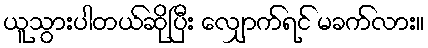
ယူသွားပါတယ်ဆိုပြီး လျှောက်ရင် မခက်လား။